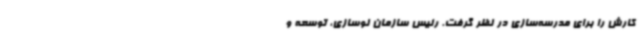
کارش را برای مدرسه‌سازی در نظر گرفت. رئیس سازمان نوسازی، توسعه و